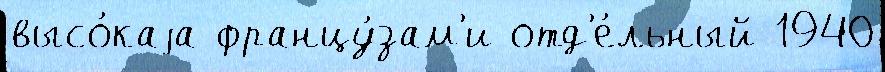
высо́каjа францу́зам'и отд'е́льный 1940